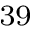
^ { 3 9 }